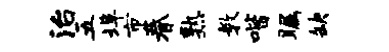
治五埠市眷熟教喈瞩缺